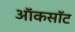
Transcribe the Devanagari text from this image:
ऑकसॉट